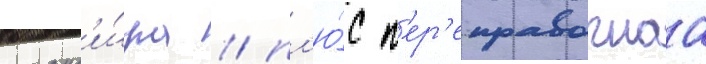
команд'и́ра / пл'ю́с п'ер'еправочнаа